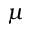
\mu